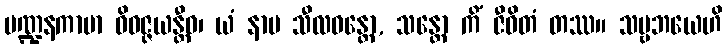
မဏ္ဍနကာမာ ဝိဝဇ္ဇယန္တီဓ၊ ယံ နာမ သီလဝန္တော, သန္တော ကိံ ဇီဝိတံ တဿ။ သဗ္ဗဘယေဟိ